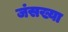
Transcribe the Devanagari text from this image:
जंसख्या